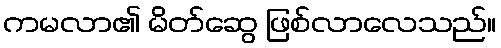
ကမလာ၏ မိတ်ဆွေ ဖြစ်လာလေသည်။